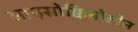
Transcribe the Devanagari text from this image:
आइसोक्विनोलीन